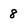
Character: 8